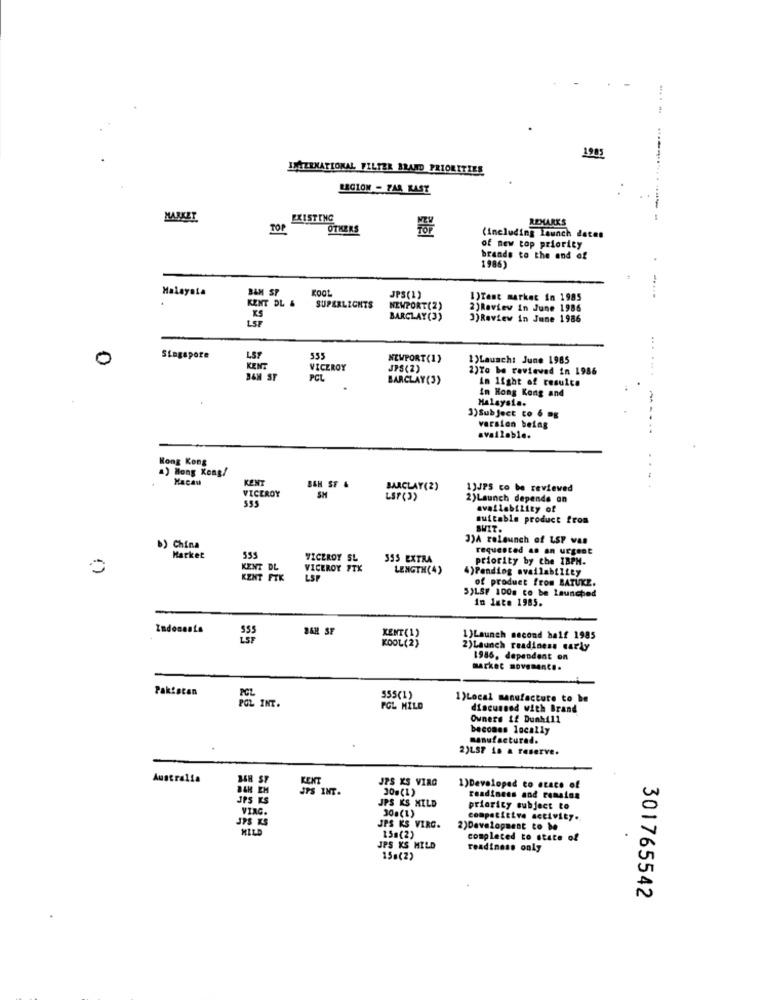
1981
LAERNATIONAL FILTER BRAND PRIORITIES
LEGION - FAR KAST
MARKET
EXISTING
REMARK'S
TOP
OTHERS
(including Launch dates
of new top priority
brands to the end of
1986)
Malaysia
BAM SP
KOOL
.
KENT DL &
JPS(1)
1)Tent market in 1985
SUPERLIGHTS
NEWPORT(Z)
2)Review in June 1986
KS
BARCLAY(3)
3)Review in June 1986
...
0
Singapore
LSF
555
NEWPORT(1)
1)Launch: June 1985
KENT
VICEROY
JPS(2)
2)To be reviewed in 1986
... .
B&M SF
PCL
BARCLAY (3)
In light of resulce
in Hong Kong and
Malaysia.
3)Subject to 6 mg
version being
available.
Hong Kong
a) Hong Kong/
Macau
KENT
VICEROY
B&H SF &
BARCLAY(2)
1)JPS co be reviewed
555
SH
LSP(3)
2)Launch depende an
availability of
suitable product from
BWIT.
3)A relaunch of LSP was
China
requested as an urgent
Market
555
VICEROY SL
355 EXTRA
priority by the IBPH.
KENT DL
VICEROY FTK
LENGTH(4)
4)Pending availability
KENT FIK
LSP
of product from BATUKE.
S)LSF 100m to be launched
in late 1985.
Indeneste
BAH SF
KOOL(2)
KENT(1)
1)Launch second half 1985
2)Launch readiness carly
1986, dependent on
market movement ..
Pakistan
PGL
555(1)
1)Local manufacture to be
POL INT.
POL MILO
discussed with Brand
Owners if Dunhill
becomes locally
manufacturad.
2)LST in a reserve.
Australia
BER ST
KENT
JPS KS VIRG
ITS INT.
30g (1)
1)Developed to etace of
JPS KS
JPS KS MILD
readiness and remains
VIAG.
30a (1)
prioricy subject to
JPS KS
competitive activity.
MILD
JPS KS VIRG.
2)Development to be
15a(2)
completed to state of
JPS KS HILD
readiness only
15s(2)
301765542